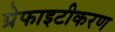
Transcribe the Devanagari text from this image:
ग्रेफाइटीकरण